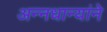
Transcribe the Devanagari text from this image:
अन्नधान्यांने